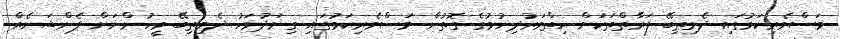
މަސްވެރިކަމުގައި ދެމިތިބޭ ފަރާތްތަކަށް ހިތްވަރުދިނުމުގެ ގޮތުން މަސްވެރިކަމުގައި ގިނަދުވަހު ދެމިތިބޭ މީހުންނަށް ޕެންޝަނެއް